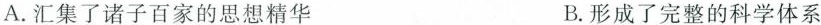
A. 汇集了诸子百家的思想精华 B. 形成了完整的科学体系